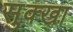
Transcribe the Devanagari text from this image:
सुक्खा